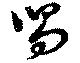
舃